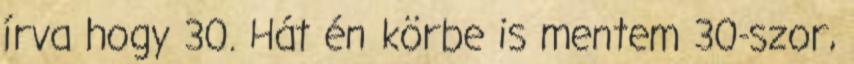
írva hogy 30. Hát én körbe is mentem 30-szor,